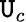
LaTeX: \mathtt{U}_{c}